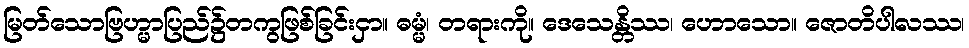
မြတ်သောဗြဟ္မာပြည်၌တကွဖြစ်ခြင်းငှာ။ ဓမ္မံ၊ တရားကို။ ဒေသေန္တိဿ၊ ဟောသော။ ဇောတိပါလဿ၊